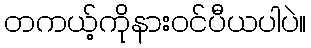
တကယ့်ကိုနားဝင်ပီယပါပဲ။